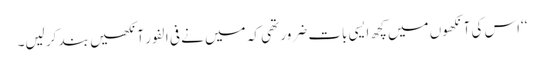
‘‘اس کی آنکھوں میں کچھ ایسی بات ضرور تھی کہ میں نے فی الفور آنکھیں بند کر لیں۔